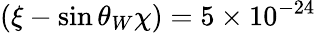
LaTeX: (\xi-\sin\theta_{W}\chi)=5\times 10^{-24}